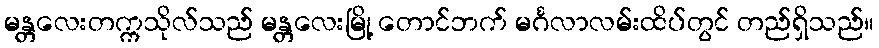
မန္တလေးတက္ကသိုလ်သည် မန္တလေးမြို့ တောင်ဘက် မင်္ဂလာလမ်းထိပ်တွင် တည်ရှိသည်။